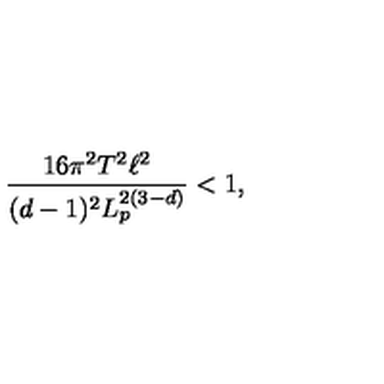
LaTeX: \frac { 1 6 \pi ^ { 2 } T ^ { 2 } \ell ^ { 2 } } { ( d - 1 ) ^ { 2 } L _ { p } ^ { 2 ( 3 - d ) } } < 1 ,